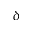
\delta